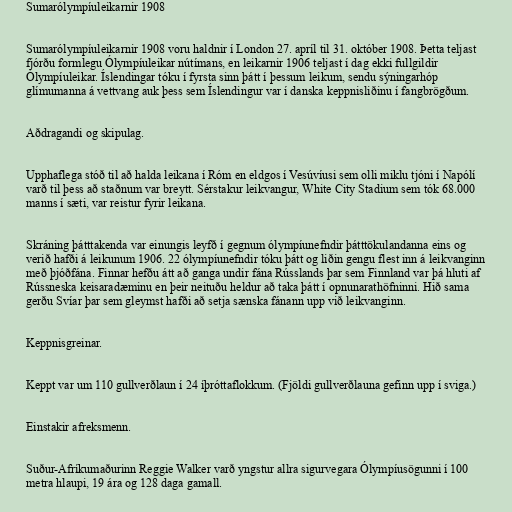
Sumarólympíuleikarnir 1908

Sumarólympíuleikarnir 1908 voru haldnir í London 27. apríl til 31. október 1908. Þetta teljast
fjórðu formlegu Ólympíuleikar nútímans, en leikarnir 1906 teljast í dag ekki fullgildir
Ólympíuleikar. Íslendingar tóku í fyrsta sinn þátt í þessum leikum, sendu sýningarhóp
glímumanna á vettvang auk þess sem Íslendingur var í danska keppnisliðinu í fangbrögðum.

Aðdragandi og skipulag.

Upphaflega stóð til að halda leikana í Róm en eldgos í Vesúvíusi sem olli miklu tjóni í Napólí
varð til þess að staðnum var breytt. Sérstakur leikvangur, White City Stadium sem tók 68.000
manns í sæti, var reistur fyrir leikana.

Skráning þátttakenda var einungis leyfð í gegnum ólympíunefndir þátttökulandanna eins og
verið hafði á leikunum 1906. 22 ólympíunefndir tóku þátt og liðin gengu flest inn á leikvanginn
með þjóðfána. Finnar hefðu átt að ganga undir fána Rússlands þar sem Finnland var þá hluti af
Rússneska keisaradæminu en þeir neituðu heldur að taka þátt í opnunarathöfninni. Hið sama
gerðu Svíar þar sem gleymst hafði að setja sænska fánann upp við leikvanginn.

Keppnisgreinar.

Keppt var um 110 gullverðlaun í 24 íþróttaflokkum. (Fjöldi gullverðlauna gefinn upp í sviga.)

Einstakir afreksmenn.

Suður-Afríkumaðurinn Reggie Walker varð yngstur allra sigurvegara Ólympíusögunni í 100
metra hlaupi, 19 ára og 128 daga gamall.